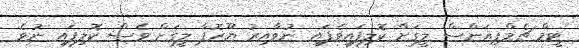
ޓީމް ޗެމްޕިއަންސް ލީގަށް ކޮލިފައިވެފައި ނުވާއިރު ޔޫރޮޕާ ލީގަށް ވެސް ކޮލިފައި ނުވެ